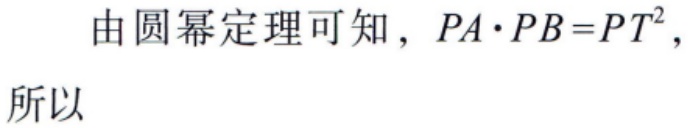
由圆幂定理可知，\(PA\cdot PB = PT^{2}\)，
所以